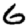
Digit: 6